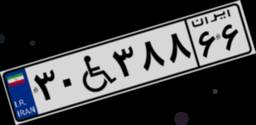
۳۰W۳۸۸۶۶